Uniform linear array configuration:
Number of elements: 24
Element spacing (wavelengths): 1
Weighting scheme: hamming
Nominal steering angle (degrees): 0
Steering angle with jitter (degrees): -0.5127
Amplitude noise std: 0.05
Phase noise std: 0.05

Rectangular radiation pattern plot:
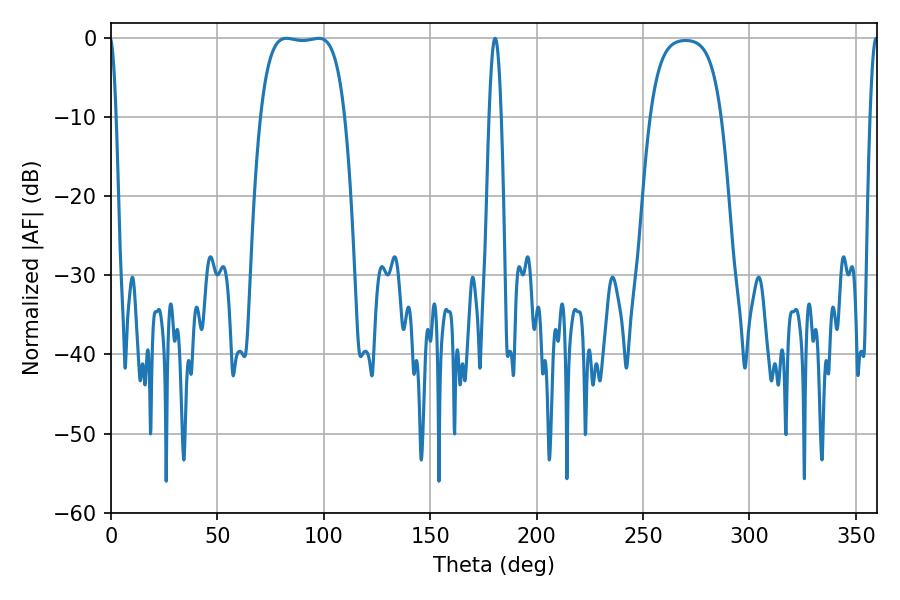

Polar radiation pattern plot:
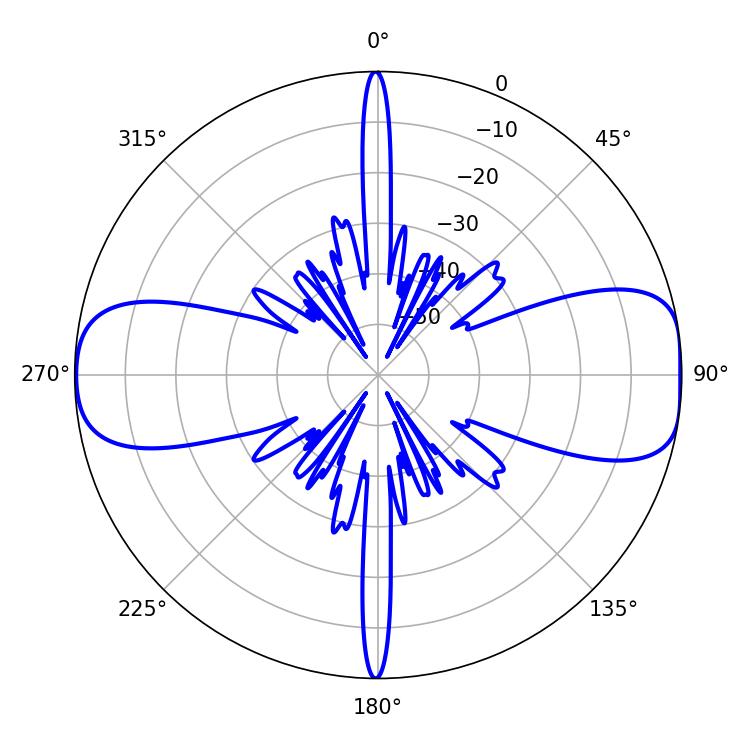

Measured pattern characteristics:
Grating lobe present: TRUE
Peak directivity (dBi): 11.175
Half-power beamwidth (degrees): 30.96
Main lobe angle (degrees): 82.44